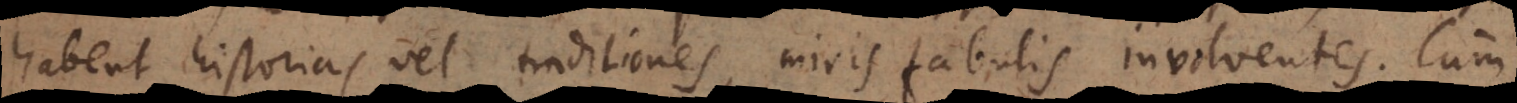
habent historias vel traditiones, miris fabulis involventes. Cum